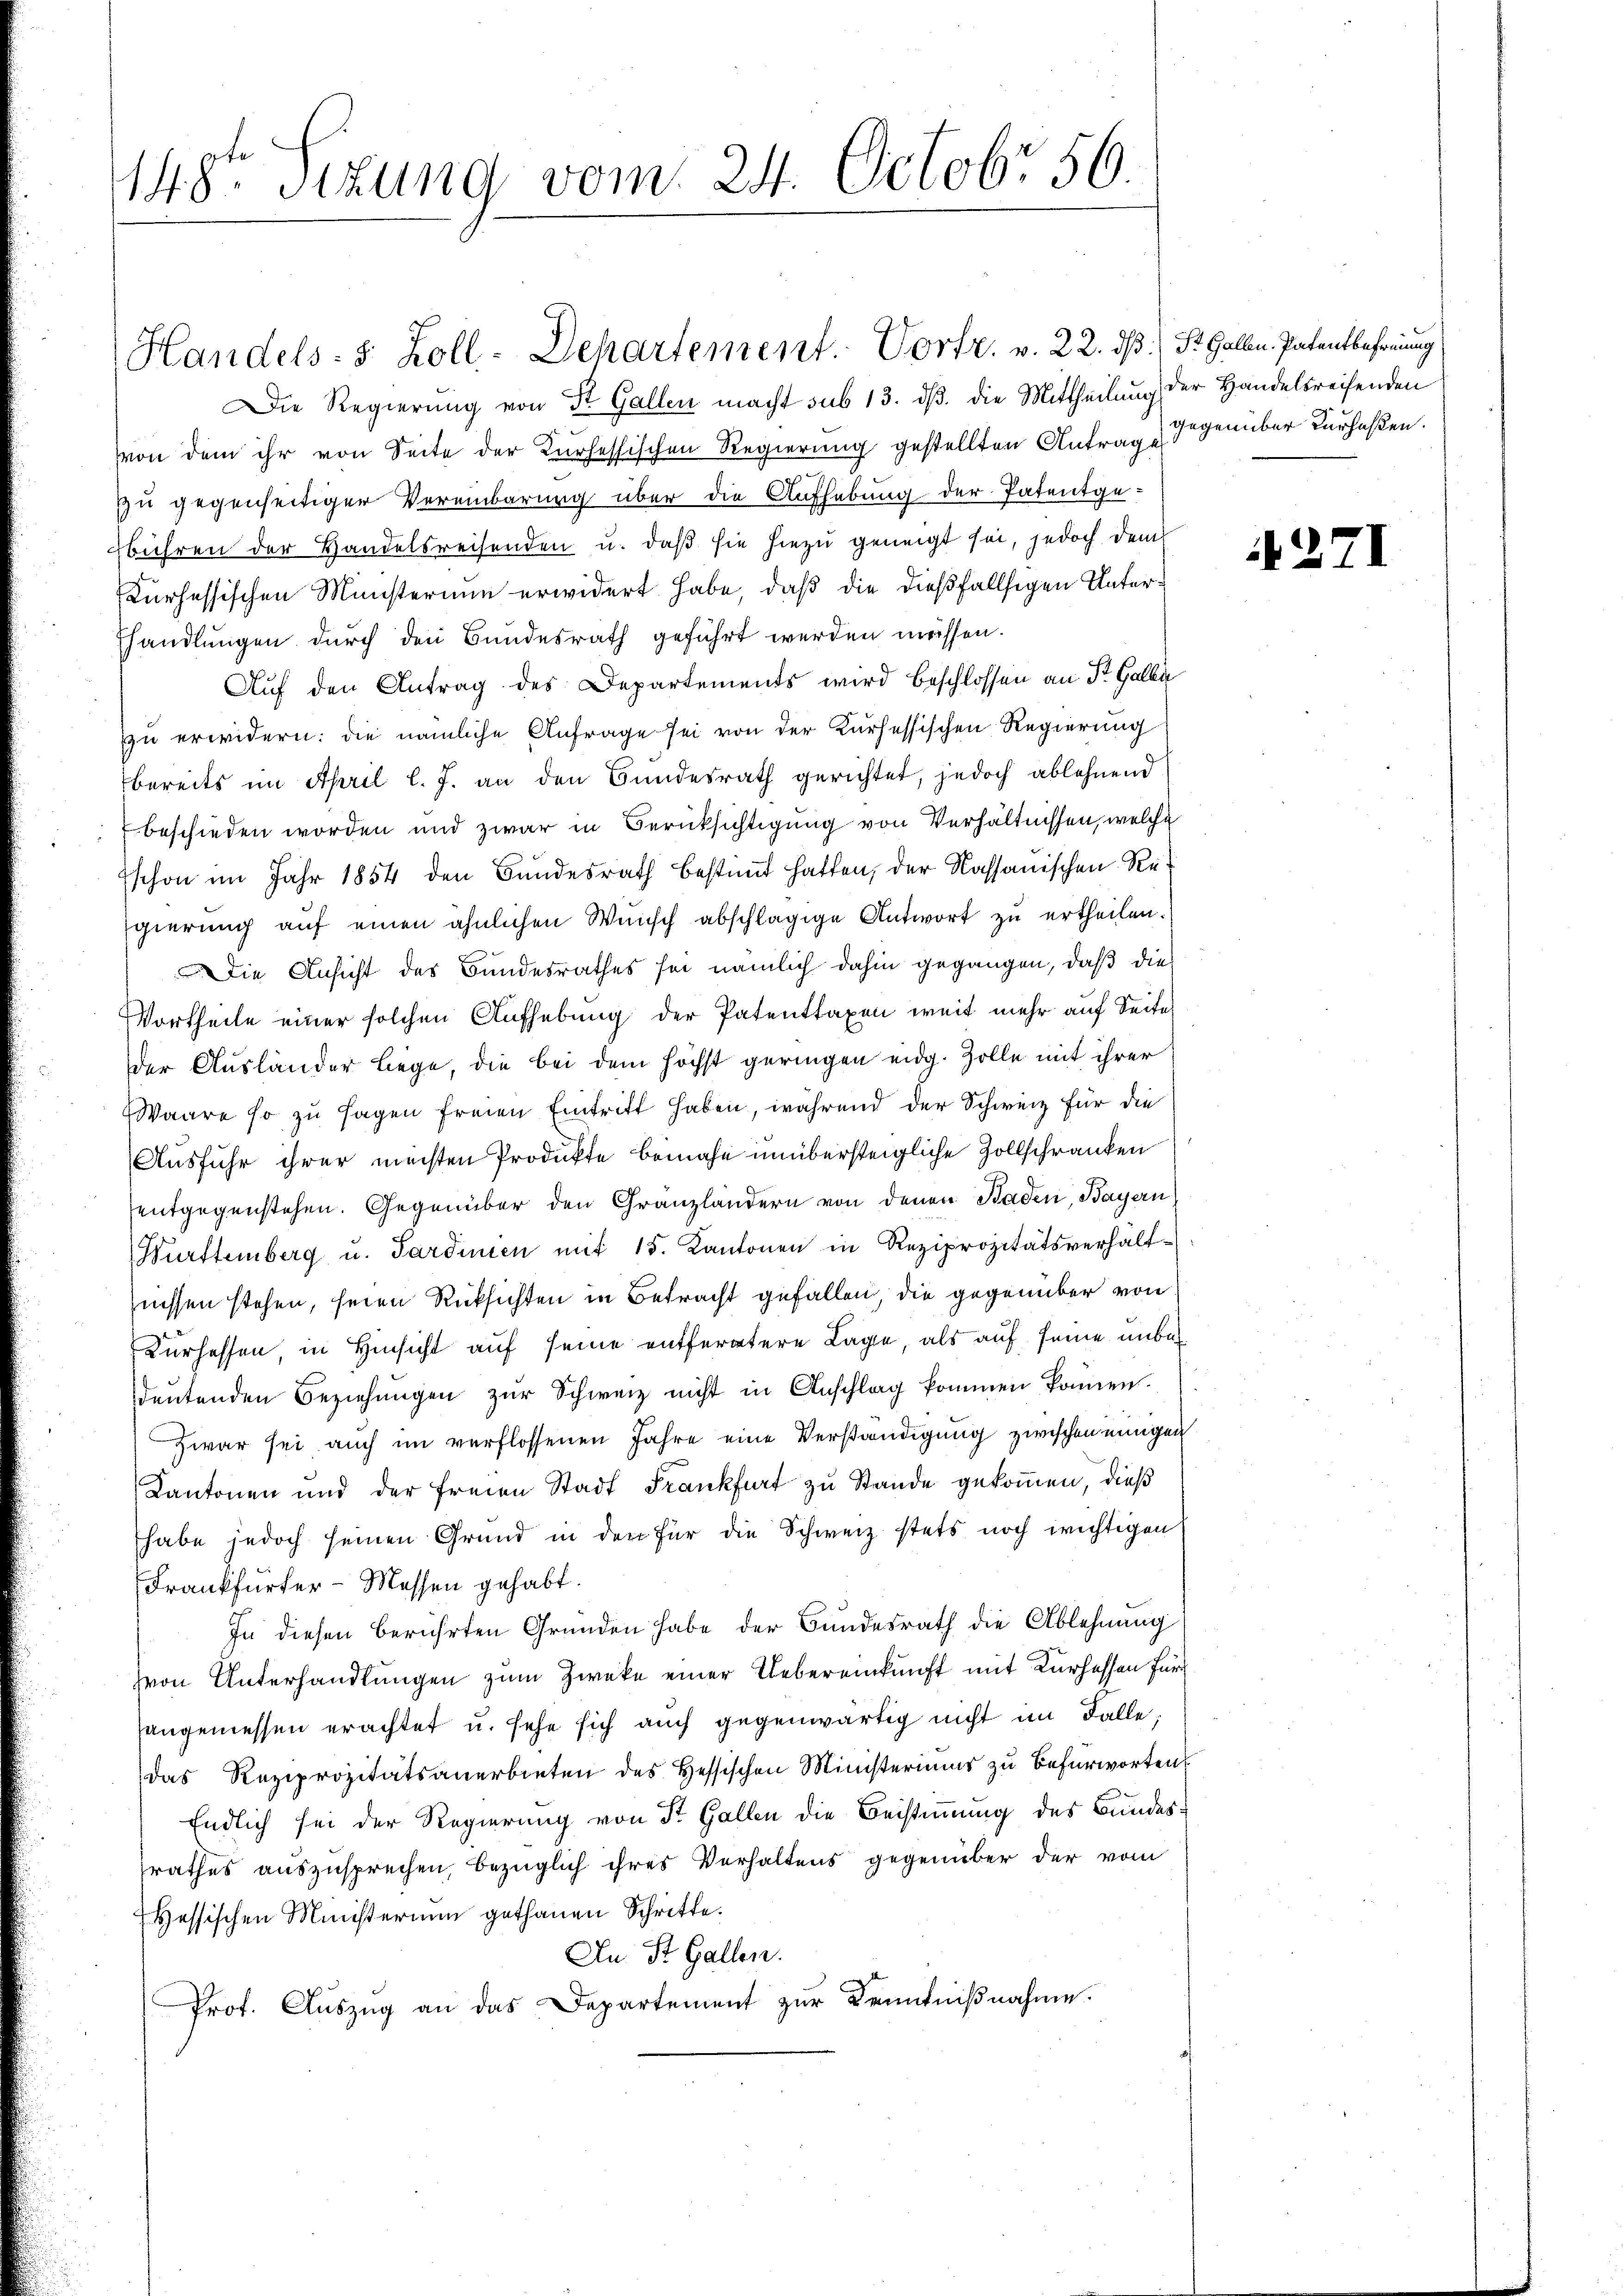
148t Sizung vom 24. Octobr 56.

Die Regierung von St. Gallen macht sub 13. dß. die Mittheilung der Handelsreifenden
von dem ihr von Seite der Kurhessischen Regierung gestellten Antrag gegenüber verfaßen.
zu gegenseitiger Vereinbarung über die Aufhebung der Patentgebühren der Handelsreisenden u. daß sie hiezu geneigt sei, jedoch dem
Kurhessischen Ministerium erwidert habe, daß die dießfallsigen Untershandlungen durch den Bundesrath geführt werden müssen.
Auf den Antrag des Departements wird beschlossen an St. Galli
zu erwidern: die nämliche Anfrage sei von der Kurhessischen Regierung
bereits im April l. J. an den Bundesrath gerichtet, jedoch ablehnend
beschieden worden und zwar in Berücksichtigung von Verhältnissen, welche
schon im Jahr 1854 den Bundesrath bestimmt hatten, der Kassauischen Re-
gierung auf einen ähnlichen Wunsch abschlägige Antwort zu ertheilen.
Die Ansicht des Bundesrathes sei nämlich dahin gegangen, daß die
Vortheile einer solchen Aufhebung der Patenttaxen weit mehr auf Seite
der Ausländer Liege, die bei dem höchst geringen eidg. Zolle mit ihrer
Waare so zu sagen freien Eintritt haben, während der Schweiz für die
Ausfuhr ihrer meisten Produkte benahe unübersteigliche Zollschranken
entgegenstehen. Gegenüber den Gränzlandern von denen Baden, Bayern
Württemberg u. Sardinien mit 15. Kantonen in Reziprozitätsverhältnissen stehen, seien Rücksichten in Betracht gefallen, die gegenüber von
Kurhessen, in Hinsicht auf seine entferntere Lage, als auf seine unbedeutenden Beziehungen zur Schweiz nicht in Anschlag kommen können.
Zwar sei auch im verflossenen Jahre eine Verständigung zwischen einigen
Kantonen und der freien Stadt Frankfurt zu Stande gekoṁen, dieß
habe jedoch seinen Grund in den für die Schweiz stets noch wichtigen
Frankfurter-Messen gehabt.
In diesen berührten Gründen habe der Bundesrath die Ablehnung
hvon Unterhandlungen zum Zwecke einer Uebereinkunft mit Kurhessen für
angemessen erachtet u. sehe sich auch gegenwärtig nicht im Falle,
das Reziprozitätsanerbieten des Hessischen Ministeriums zu Befürworten
Endlich sei der Regierung von St. Gallen die Beistimmung des Bundesrathes auszusprechen, bezüglich ihres Verhaltens gegenüber der vom
Hessischen Ministerium gethanen Schritte.
An St. Gallen.
Prot. Aŭszŭg an das Departement zur Kenntnißnahme.

Handels- 5 Zoll-Departement. Vortr. v. 22. dß. (S. Gallen. Patentbefreiung

2